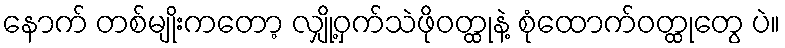
နောက် တစ်မျိုးကတော့ လျှို့ဝှက်သဲဖိုဝတ္ထုနဲ့ စုံထောက်ဝတ္ထုတွေ ပဲ။